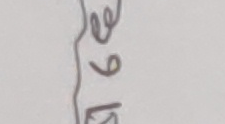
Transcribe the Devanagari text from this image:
१९ वे